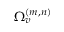
\Omega _ { v } ^ { ( m , n ) }